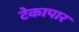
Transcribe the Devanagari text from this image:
टेकापार